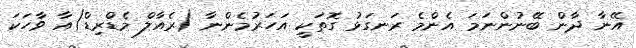
އޭނާ ދާން ބޭނުންނަމަ އެންމެ ރަނގަޅު ގޮތަކީ އަހަރުމެންނާ (ރެއާލް މެޑްރިޑް)އާ ވާހަކަ